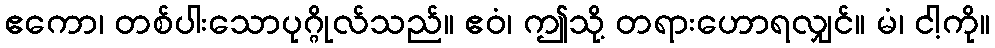
ဧကော၊ တစ်ပါးသောပုဂ္ဂိုလ်သည်။ ဧဝံ၊ ဤသို့ တရားဟောရလျှင်။ မံ၊ ငါ့ကို။